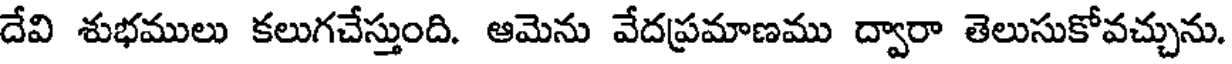
దేవి శుభములు కలుగచేస్తుంది. ఆమెను వేదప్రమాణము ద్వారా తెలుసుకోవచ్చును.